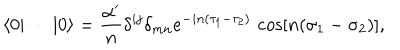
\langle 0 | \cdots | 0 \rangle = \frac { \alpha ^ { \prime } } { n } \delta ^ { i j } \delta _ { m n } e ^ { - i n ( \tau _ { 1 } - \tau _ { 2 } ) } \, \cos [ n ( \sigma _ { 1 } - \sigma _ { 2 } ) ] ,